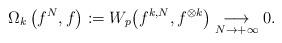
LaTeX: \begin{align*}\label[Ieq]{eq:Omegak}\Omega_k \left( f^N , f \right) := W_p{\left( f^{k,N} , f^{\otimes k} \right)}\underset{N\to+\infty}{\longrightarrow}0.\end{align*}